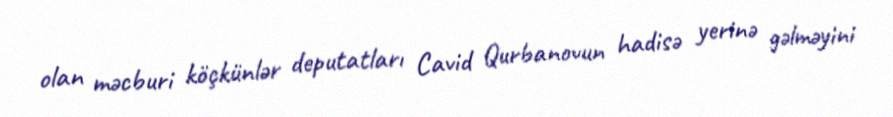
olan məcburi köçkünlər deputatları Cavid Qurbanovun hadisə yerinə gəlməyini